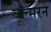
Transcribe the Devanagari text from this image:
वूल्मरने